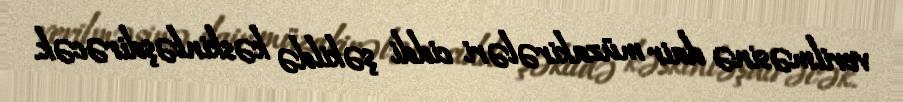
verilməsinə dair müzakirələri ciddi şəkildə kəskinləşdirəcək.